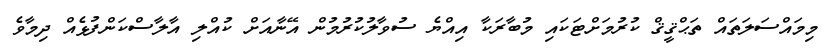
މިމައްސަލަތައް ތަޙްޤީޤް ކުރުމަށްޓަކައި މުބާރަކާ އިއްޔެ ސުވާލުކުރުމުން އޭނާއަށް ކުއްލި އާލާސްކަންފުޅެއް ދިމާވެ